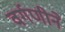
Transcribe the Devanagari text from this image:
वर्गणीने